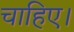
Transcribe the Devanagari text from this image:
चाहिए।